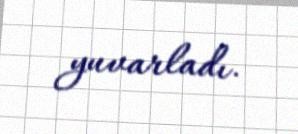
yuvarladı.